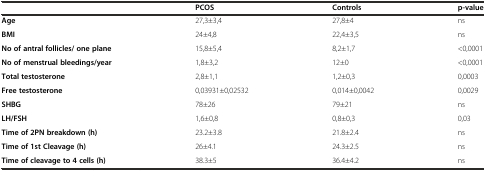
|  | PCOS | Controls | p-value |
 | --- | --- | --- | --- |
 | Age | 27,3±3,4 | 27,8±4 | ns |
 | BMI | 24±4,8 | 22,4±3,5 | ns |
 | No of antral follicles/ one plane | 15,8±5,4 | 8,2±1,7 | <0,0001 |
 | No of menstrual bleedings/year | 1,8±3,2 | 12±0 | <0,0001 |
 | Total testosterone | 2,8±1,1 | 1,2±0,3 | 0,0003 |
 | Free testosterone | 0,03931±0,02532 | 0,014±0,0042 | 0,0029 |
 | SHBG | 78±26 | 79±21 | ns |
 | LH/FSH | 1,6±0,8 | 0,8±0,3 | 0,03 |
 | Time of 2PN breakdown (h) | 23.2±3.8 | 21.8±2.4 | ns |
 | Time of 1st Cleavage (h) | 26±4.1 | 24.3±2.5 | ns |
 | Time of cleavage to 4 cells (h) | 38.3±5 | 36.4±4.2 | ns |